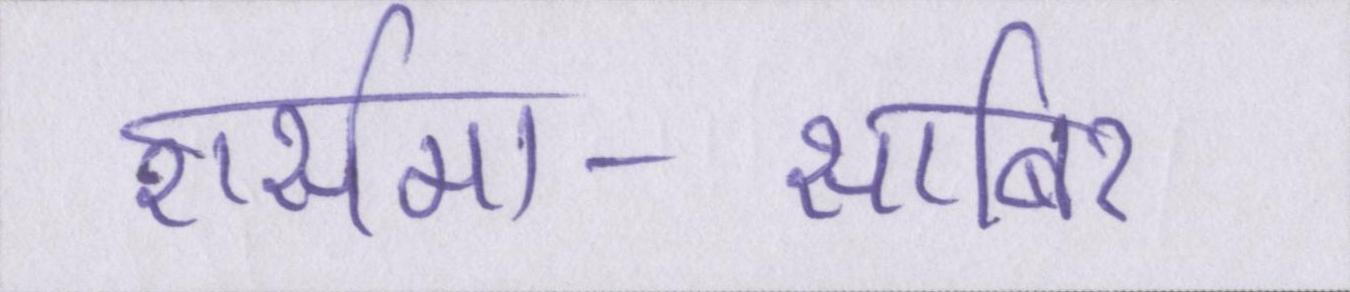
शर्समा-साबिर